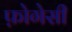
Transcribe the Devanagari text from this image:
फ़ोगेसी